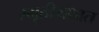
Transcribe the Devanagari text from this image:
स्मृतीग्रंथात